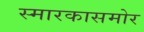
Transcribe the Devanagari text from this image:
स्मारकासमोर